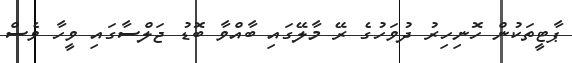
ޕާޓީތަކުން ހޮނިހިރު ދުވަހުގެ ރޭ މާލޭގައި ބާއްވާ ބޮޑު ޖަލްސާގައި ވީހާ ވެސް